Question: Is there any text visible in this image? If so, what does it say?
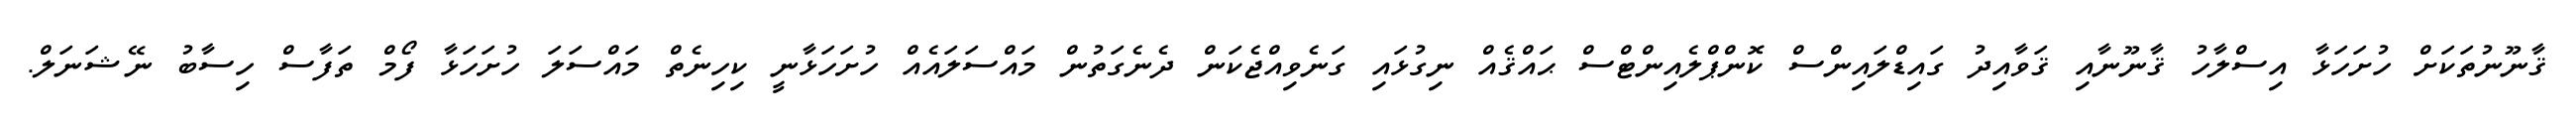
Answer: ޤާނޫނުތަކަށް ހުށަހަޅާ އިސްލާހު ޤާނޫނާއި ޤަވާއިދު ގައިޑްލައިންސް ކޮންޕްލެއިންޓްސް ޙައްޤެއް ނިގުޅައި ގަނެވިއްޖެކަން ދެނެގަތުން މައްސަލައެއް ހުށަހަޅާނީ ކިހިނެތް މައްސަލަ ހުށަހަޅާ ފޯމް ތަފާސް ހިސާބު ނޭޝަނަލް.